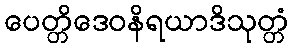
ပေတ္တိဒေဝနိရယာဒိသုတ္တံ